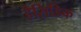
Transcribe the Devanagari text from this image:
हैसिडिक